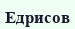
Едрисов